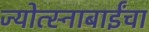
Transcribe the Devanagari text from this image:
ज्योत्स्नाबाईंचा